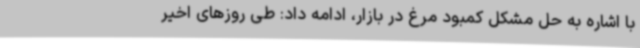
با اشاره به حل مشکل کمبود مرغ در بازار، ادامه داد: طی روزهای اخیر